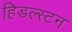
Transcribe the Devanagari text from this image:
हिडल्स्टन